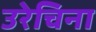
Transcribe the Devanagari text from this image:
उरेचिना